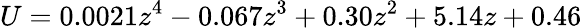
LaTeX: U=0.0021z^{4}-0.067z^{3}+0.30z^{2}+5.14z+0.46